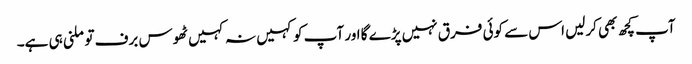
آپ کچھ بھی کرلیں اس سے کوئی فرق نہیں پڑے گا اور آپ کو کہیں نہ کہیں ٹھوس برف تو ملنی ہی ہے۔